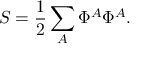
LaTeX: S = { \frac { 1 } { 2 } } \sum _ { A } \Phi ^ { A } \Phi ^ { A } .